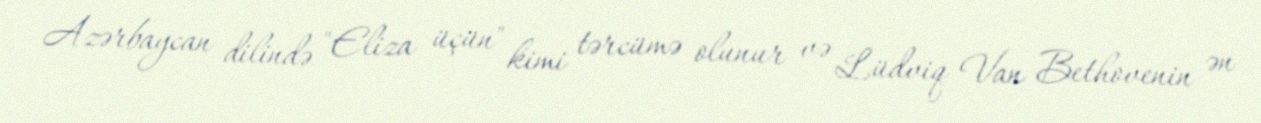
Azərbaycan dilində "Eliza üçün" kimi tərcümə olunur və Lüdviq Van Bethovenin ən